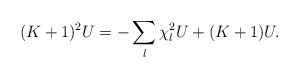
\begin{align*}(K+1)^{2}U=-\sum_{l}\chi _{l}^{2}U+(K+1)U.\end{align*}